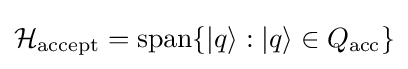
{\mathcal {H}}_{\text{accept}}=\operatorname {span} \{|q\rangle :|q\rangle \in Q_{\text{acc}}\}